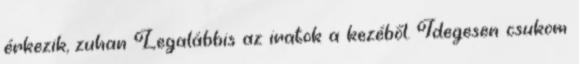
érkezik, zuhan Legalábbis az iratok a kezéből. Idegesen csukom